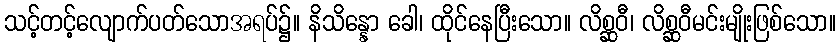
သင့်တင့်လျောက်ပတ်သောအရပ်၌။ နိသိန္နော ခေါ၊ ထိုင်နေပြီးသော။ လိစ္ဆဝီ၊ လိစ္ဆဝီမင်းမျိုးဖြစ်သော။